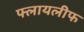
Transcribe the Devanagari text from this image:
फ्लायलीफ